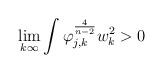
LaTeX: \begin{align*}\lim_{k\-\infty}\int \varphi_{j,k}^{\frac{4}{n-2}}w_{k}^{2}>0\end{align*}